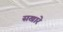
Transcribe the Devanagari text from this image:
सखारे